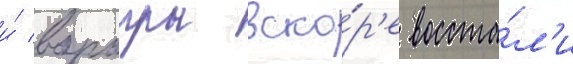
и́ варагры вско́р'е восста́л'и